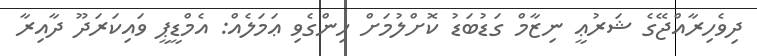
ދިވެހިރާއްޖޭގެ ޝަރުޢީ ނިޒާމް ގަޑުބަޑު ކޮށްލުމަށް ހިންގެވި ޢަމަލެއް: އެމްޑީޕީ ވައިކަރަދޫ ދާއިރާ